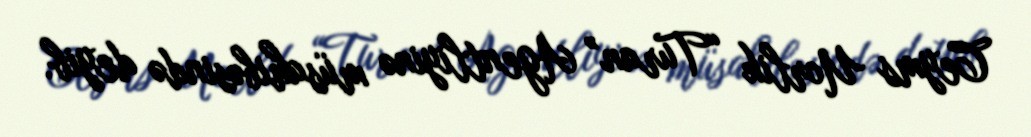
Ceyms Uorlik “Turan” Agentliyinə müsahibəsində deyib.